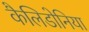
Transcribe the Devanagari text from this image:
कैलिडोनिया